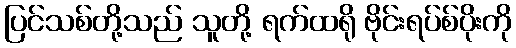
ပြင်သစ်တို့သည် သူတို့ ရက်ထရို ဗိုင်းရပ်စ်ပိုးကို